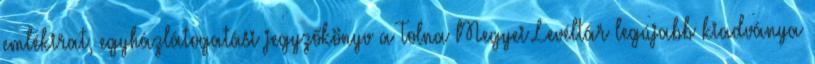
emlékirat, egyházlátogatási jegyzőkönyv a Tolna Megyei Levéltár legújabb kiadványa